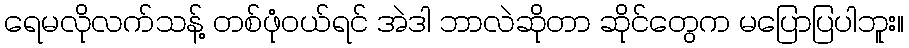
ရေမလိုလက်သန့် တစ်ဖုံဝယ်ရင် အဲဒါ ဘာလဲဆိုတာ ဆိုင်တွေက မပြောပြပါဘူး။